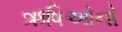
ઋષિઓનો